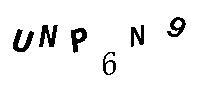
UNP6N9